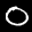
Label: 0